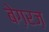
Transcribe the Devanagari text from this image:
बेग़रज़